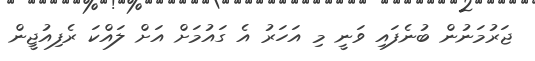
ޖަރުމަނުން ބުނެފައި ވަނީ މި އަހަރު އެ ގައުމަށް އަށް ލައްކަ ރެފިއުޖީން